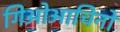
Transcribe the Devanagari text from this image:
गिओआचिनो